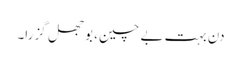
دن بہت بے چین، بوجھل گزرا۔